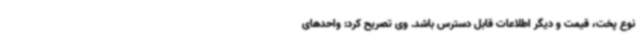
نوع پخت، قیمت و دیگر اطلاعات قابل دسترس باشد. وی تصریح کرد: واحدهای